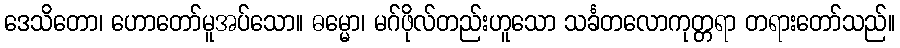
ဒေသိတော၊ ဟောတော်မူအပ်သော။ ဓမ္မော၊ မဂ်ဖိုလ်တည်းဟူသော သင်္ခတလောကုတ္တရာ တရားတော်သည်။